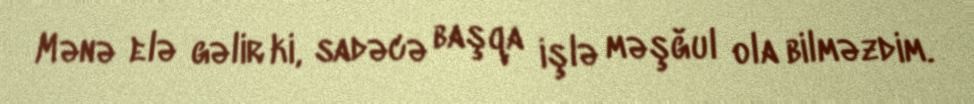
Mənə elə gəlir ki, sadəcə başqa işlə məşğul ola bilməzdim.